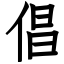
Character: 倡